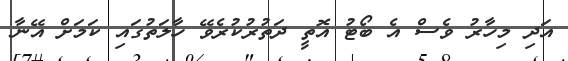
އަދި މިހާރު ވެސް އެ ބޯޓު އޮތީ ދަތުރުކުރެވޭ ހާލަތުގައި ކަމަށް އޭނާ